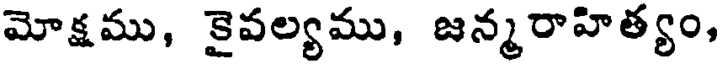
మోక్షము, కైవల్యము, జన్మరాహిత్యం,